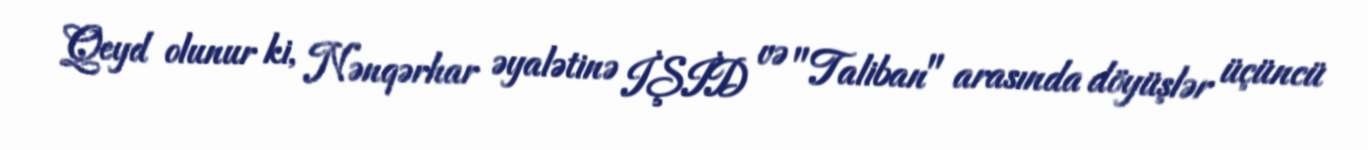
Qeyd olunur ki, Nənqərhar əyalətinə İŞİD və "Taliban" arasında döyüşlər üçüncü